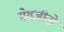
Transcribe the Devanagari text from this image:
मेगजीनों